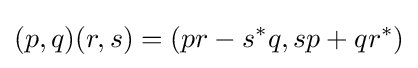
(p,q)(r,s)=(pr-s^{*}q,sp+qr^{*})